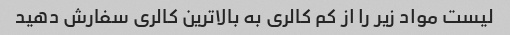
لیست مواد زیر را از کم کالری به بالاترین کالری سفارش دهید